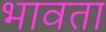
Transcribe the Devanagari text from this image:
भावता